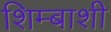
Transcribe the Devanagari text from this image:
शिम्बाशी